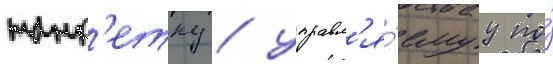
танк'етку / управл'я́емуу по́